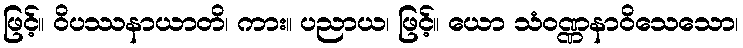
ဖြင့်။ ဝိပဿနာယာတိ၊ ကား။ ပညာယ၊ ဖြင့်။ ယော သံဝဏ္ဏနာဝိသေသော၊